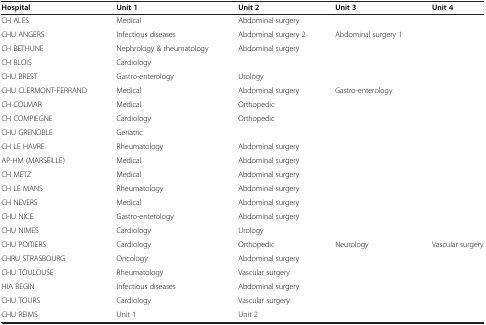
<table><thead><tr><td><b>Hospital</b></td><td><b>Unit 1</b></td><td><b>Unit 2</b></td><td><b>Unit 3</b></td><td><b>Unit 4</b></td></tr></thead><tbody><tr><td>CH ALES</td><td>Medical</td><td>Abdominal surgery</td><td> </td><td> </td></tr><tr><td>CHU ANGERS</td><td>Infectious diseases</td><td>Abdominal surgery 2</td><td>Abdominal surgery 1</td><td> </td></tr><tr><td>CH BETHUNE</td><td>Nephrology &amp; rheumatology</td><td>Abdominal surgery</td><td> </td><td> </td></tr><tr><td>CH BLOIS</td><td>Cardiology</td><td> </td><td> </td><td> </td></tr><tr><td>CHU BREST</td><td>Gastro-enterology</td><td>Urology</td><td> </td><td> </td></tr><tr><td>CHU CLERMONT-FERRAND</td><td>Medical</td><td>Abdominal surgery</td><td>Gastro-enterology</td><td> </td></tr><tr><td>CH COLMAR</td><td>Medical</td><td>Orthopedic</td><td> </td><td> </td></tr><tr><td>CH COMPIEGNE</td><td>Cardiology</td><td>Orthopedic</td><td> </td><td> </td></tr><tr><td>CHU GRENOBLE</td><td>Geriatric</td><td> </td><td> </td><td> </td></tr><tr><td>CH LE HAVRE</td><td>Rheumatology</td><td>Abdominal surgery</td><td> </td><td> </td></tr><tr><td>AP-HM (MARSEILLE)</td><td>Medical</td><td>Abdominal surgery</td><td> </td><td> </td></tr><tr><td>CH METZ</td><td>Medical</td><td>Abdominal surgery</td><td> </td><td> </td></tr><tr><td>CH LE MANS</td><td>Rheumatology</td><td>Abdominal surgery</td><td> </td><td> </td></tr><tr><td>CH NEVERS</td><td>Medical</td><td>Abdominal surgery</td><td> </td><td> </td></tr><tr><td>CHU NICE</td><td>Gastro-enterology</td><td>Abdominal surgery</td><td> </td><td> </td></tr><tr><td>CHU NIMES</td><td>Cardiology</td><td>Urology</td><td> </td><td> </td></tr><tr><td>CHU POITIERS</td><td>Cardiology</td><td>Orthopedic</td><td>Neurology</td><td>Vascular surgery</td></tr><tr><td>CHRU STRASBOURG</td><td>Oncology</td><td>Abdominal surgery</td><td> </td><td> </td></tr><tr><td>CHU TOULOUSE</td><td>Rheumatology</td><td>Vascular surgery</td><td> </td><td> </td></tr><tr><td>HIA BEGIN</td><td>Infectious diseases</td><td>Abdominal surgery</td><td> </td><td> </td></tr><tr><td>CHU TOURS</td><td>Cardiology</td><td>Vascular surgery</td><td> </td><td> </td></tr><tr><td>CHU REIMS</td><td>Unit 1</td><td>Unit 2</td><td> </td><td> </td></tr></tbody></table>